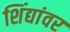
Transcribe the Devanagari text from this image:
शिंद्यांवर